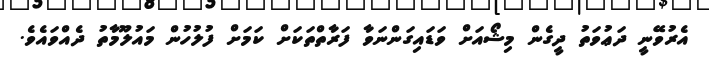
އެރުވޭނީ ދަޢުވަތު ދީގެން މިޝޯއަށް ވަޑައިގަންނަވާ ފަރާތްތަކަށް ކަމަށް ފުލުހުން މައުލޫމާތު ދެއްވައެވެ.